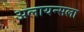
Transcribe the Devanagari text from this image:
अलायन्सला